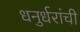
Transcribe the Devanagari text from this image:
धनुर्धरांची